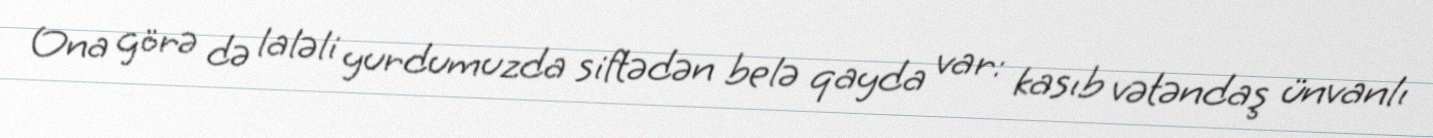
Ona görə də laləli yurdumuzda siftədən belə qayda var: kasıb vətəndaş ünvanlı